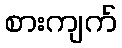
စားကျက်